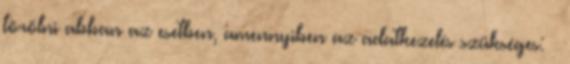
törölni abban az esetben, amennyiben az adatkezelés szükséges: ·